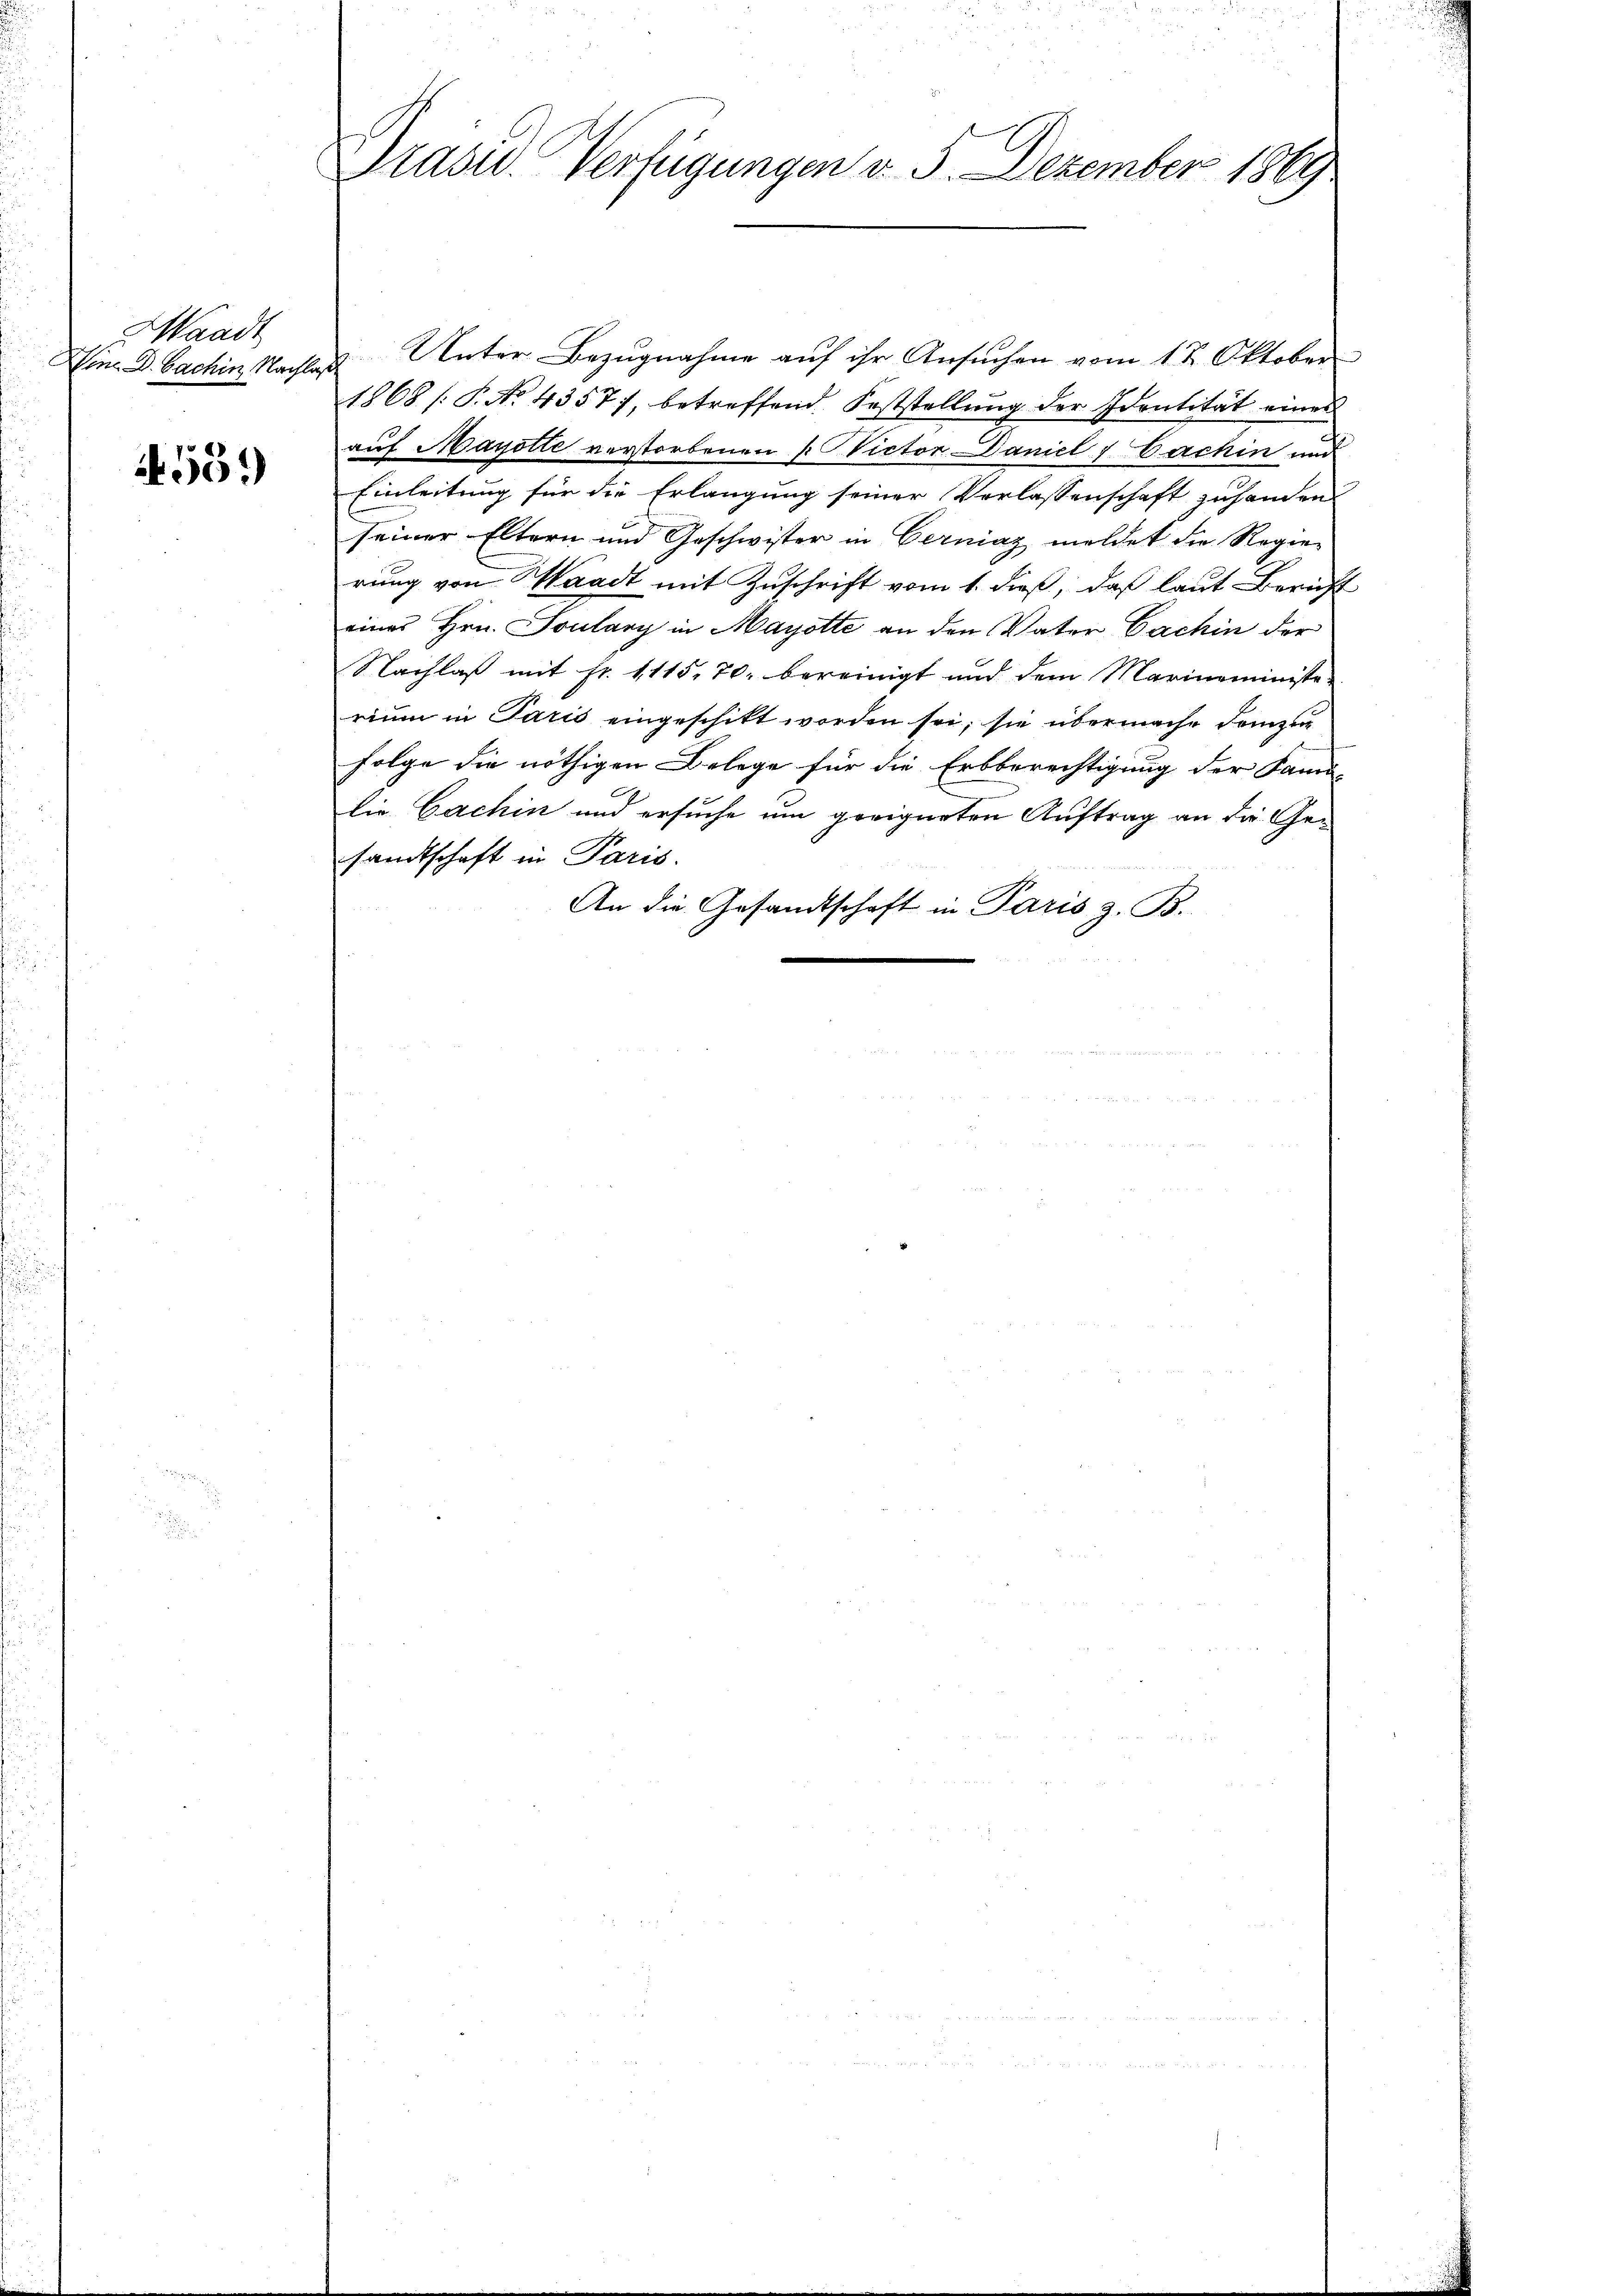
Waadt

55.)

2
Präsid. Verfügungen v. 5. Dezember 1889

Vone. D. Fachin Nachlaß Unter Bezugnahme auf ihr Ansuchen vom 1t Oktober
1868 /: P. No. 4357), betreffend Feststellŭng der Identität eines
auf Mayotte verstorbenen Victor Daniel Bachin und
Einleitung für die Erlangung seiner Verlassenschaft zuhanden
seiner Eltern und Geschwister in Cerniaz meldet die Regie-
rung von Waadt mit Zuschrift vom 1. dieß, daß laut Bericht
eines Hrn. Toulany in Mayotte an den Vater Cachin der
Nachlaβ mit fr. 1115. 70. bereinigt und dem Marinaministe
rium in Paris eingeschikt worden sei, sie übermache demzu
folge die nöthigen Belege für die Erbberechtigung der Fami-
die Gachin und ersuche um geeigneten Auftrag an die Gesandtschaft in Paris.
An die Gesandtschaft in Paris z. B.

u